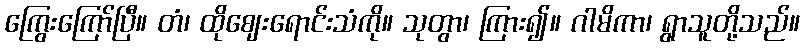
ကြွေးကြော်ပြီ။ တံ၊ ထိုဈေးရောင်းသံကို။ သုတွာ၊ ကြား၍။ ဂါမိကာ၊ ရွာသူတို့သည်။